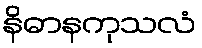
နိဓာနကုသလံ